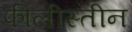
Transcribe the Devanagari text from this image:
फीलीस्तीन